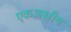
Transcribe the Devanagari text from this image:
एकअक्षीय